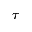
\tau